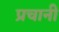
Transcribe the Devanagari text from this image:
प्रचानी